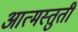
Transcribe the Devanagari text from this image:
आत्मस्तुती